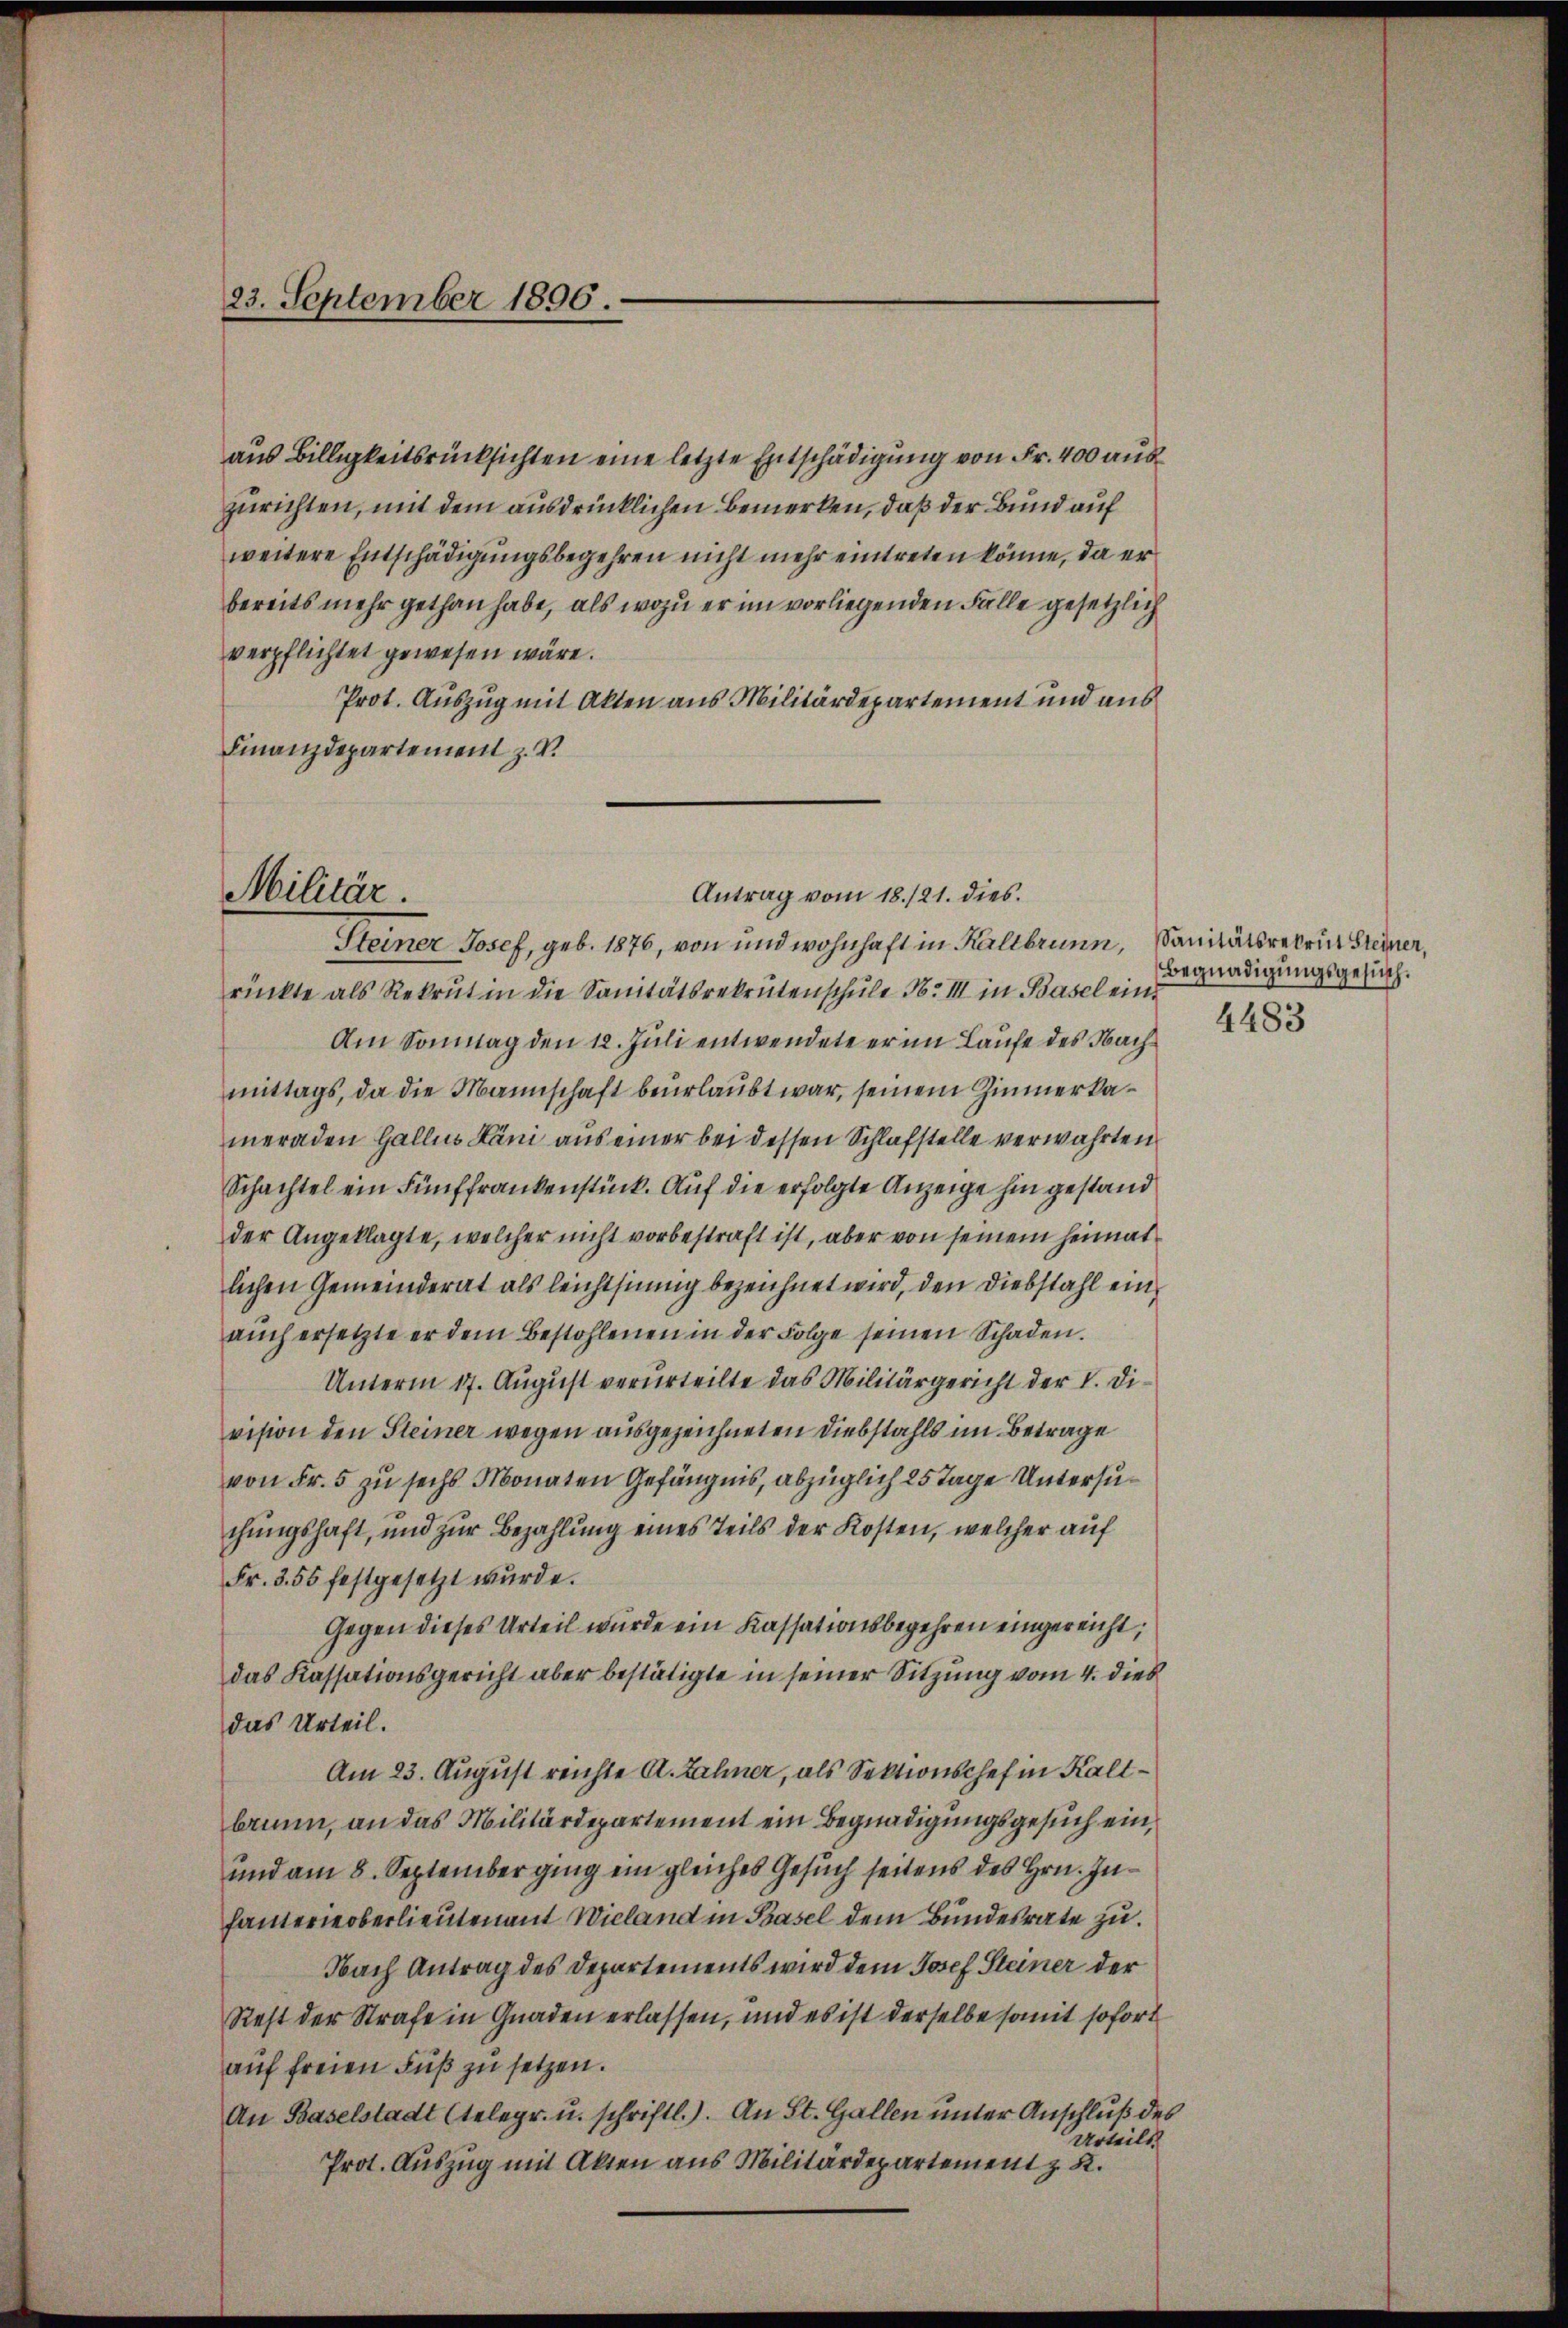
23. September 1896.

aus Billigkeitsrücksichten eine letzte Entschädigung von Fr. 400 auszurichten, mit dem ausdrücklichen Bemerken, daß der Bund auf
weitere Entschädigungsbegehren nicht mehr eintreten könne, da er
bereits mehr gethan habe, als wozu er im vorliegenden Fälle gesetzlich
verpflichtet gewesen wäre.
Prot. Auszug mit Akten aus Militärdepartement und aus
Finanzdepartement z. V.
Steiner Josef, geb. 1876, von und wohnhaft in Kaltbrunn, Sanitätsrekrie Steiner,
rückte als Rekrut in die Sanitätsrekrutenschule No III in Basel ein¬
Am Sonntag den 12. Juli entwendete er im Laufe des Nachmittags, da die Mannschaft beurlaubt war, seinem Zimmerkameraden Gallen Kani aus einer bei dessen Schlafstelle verwahrten
Schachtel ein Fünffrankenstück. Auf die erfolgte Anzeige hin gestand
der Angeklagte, welcher nicht vorbestraft ist, aber von seinem heimatlichen Gemeinderat als leichtsinnig bezeichnet wird, den Diebstahl einaŭch ersetzte er dem Bestohlenen in der Folge seinen Schaden.
Unterm 17. August verurteilte das Militärgericht der V. Division den Steiner wegen ausgezeichneten Diebstahls im Betrage
von Fr. 5 zu sechs Monaten Gefängnis, abzüglich 25 Tage Untersuchungshaft, und zur Bezahlung eines Teils der Kosten, welcher auf
Fr. 355 festgesetzt wurde.
Gegen dieses Urteil wurde ein Kassationsbegehren eingereicht;
das Kassationsgericht aber bestätigte in seiner Sitzung vom 4. dies
das Urteil.
Am 23. August reichte A. Zähner, als Sektionschef in Kaltbrunn, an das Militärdepartement ein Begnadigungsgesuch ein¬
und am 8. Septemberging ein gleiches Gesuch seitens des Hrn. Infanterieberlieutenant Wieland in Basel dem Bundesrate zu.
Nach Antrag des Departements wird dem Josef Steiner der
Rest der Strafe in Gnaden erlassen, und es ist derselbe somit sofort
auf freien Fuß zu setzen.
An Baselstadt (telegr. u. schriftl.). An St. Gallen unter Anschluß des
Urteils.
Prot. Auszug mit Akten aus Militärdepartement z. B.

Militär.

Antrag vom 18./21. dies

Begnadigungsgesuch.
4483